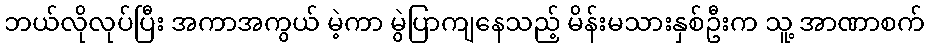
ဘယ်လိုလုပ်ပြီး အကာအကွယ် မဲ့ကာ မွဲပြာကျနေသည့် မိန်းမသားနှစ်ဦးက သူ့ အာဏာစက်